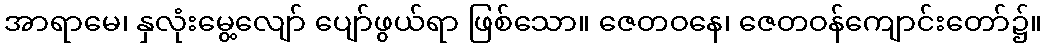
အာရာမေ၊ နှလုံးမွေ့လျော် ပျော်ဖွယ်ရာ ဖြစ်သော။ ဇေတဝနေ၊ ဇေတဝန်ကျောင်းတော်၌။